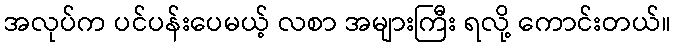
အလုပ်က ပင်ပန်းပေမယ့် လစာ အများကြီး ရလို့ ကောင်းတယ်။